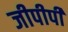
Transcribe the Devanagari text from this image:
जीपीपी